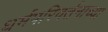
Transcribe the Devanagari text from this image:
धर्मपरिवर्तनाच्या